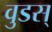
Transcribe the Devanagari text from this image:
वुडस्